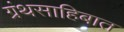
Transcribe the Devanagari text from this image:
ग्रंथसाहिबात